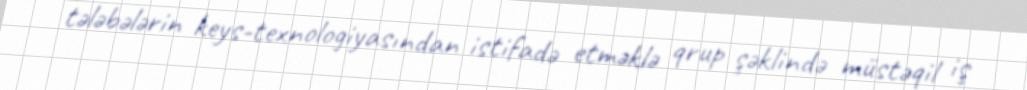
tələbələrin keys-texnologiyasından istifadə etməklə qrup şəklində müstəqil iş